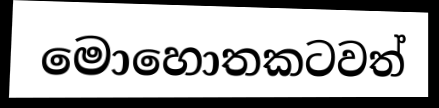
මොහොතකටවත්